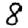
Digit: 8